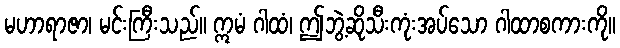
မဟာရာဇာ၊ မင်းကြီးသည်။ ဣမံ ဂါထံ၊ ဤဘွဲ့ဆိုသီးကုံးအပ်သော ဂါထာစကားကို။